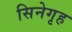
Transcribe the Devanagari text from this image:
सिनेगृह